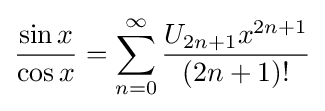
{\frac {\sin x}{\cos x}}=\sum _{n=0}^{\infty }{\frac {U_{2n+1}x^{2n+1}}{(2n+1)!}}